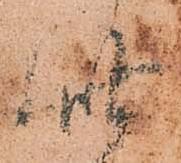
此